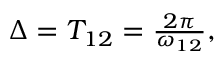
\begin{array} { r } { \Delta = T _ { 1 2 } = \frac { 2 \pi } { \omega _ { 1 2 } } , } \end{array}